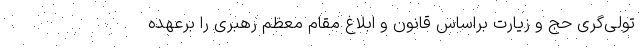
تولی‌گری حج و زیارت براساس قانون و ابلاغ مقام معظم رهبری را برعهده